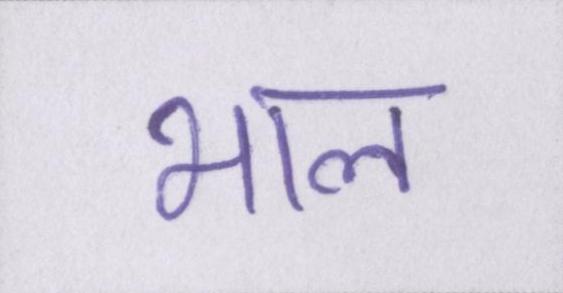
भाल